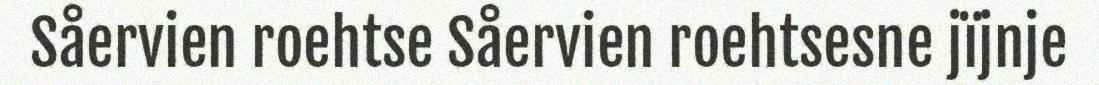
Såervien roehtse Såervien roehtsesne jïjnje